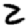
Digit: 2